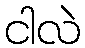
ငါလဲ